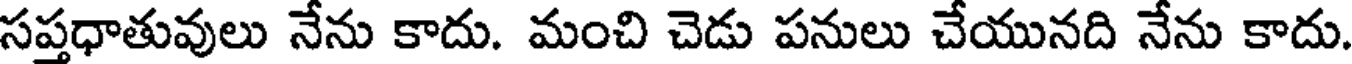
సప్తధాతువులు నేను కాదు. మంచి చెడు పనులు చేయునది నేను కాదు.